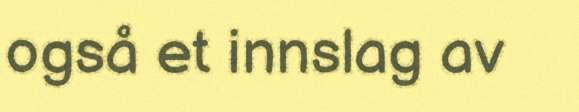
også et innslag av